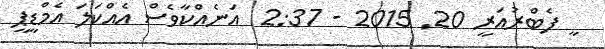
ީ ފެބްރުއަރީ 20